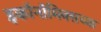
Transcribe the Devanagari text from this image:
इकॉनॉमिक्सच्या